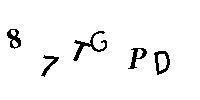
87TGPD